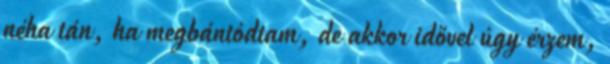
néha tán, ha megbántódtam, de akkor idővel úgy érzem,